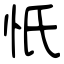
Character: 忯